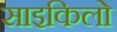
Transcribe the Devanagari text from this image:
साइकिलो